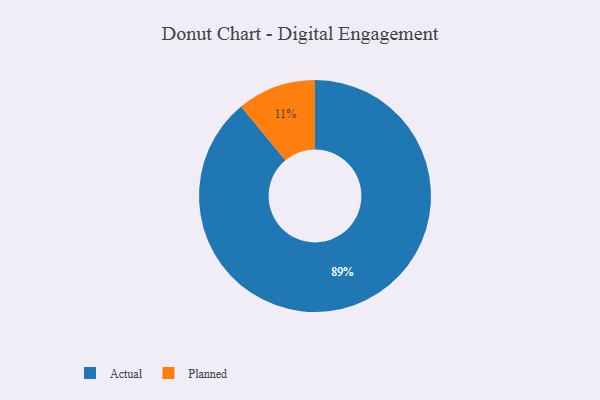
{"axis": {"x": "Category", "y": "Percentage"}, "legend": ["Actual", "Planned"], "data": [{"x": "Planned", "y": 11, "type": "Planned"}, {"x": "Actual", "y": 89, "type": "Actual"}]}